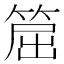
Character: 𥮝